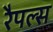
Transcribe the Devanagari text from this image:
रैपल्स